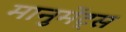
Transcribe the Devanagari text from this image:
मानुमेंट्स